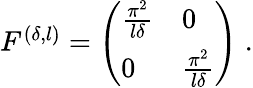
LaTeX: \begin{array}{r}{F^{(\delta,l)}=\left(\begin{array}{ll}{\frac{\pi^{2}}{l\delta}}&{0}\\ {0}&{\frac{\pi^{2}}{l\delta}}\end{array}\right)\; .}\end{array}